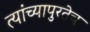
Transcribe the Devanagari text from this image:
त्यांच्यापुरतेच